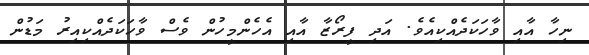
ނިހާ އާއި ވާހަކަދެއްކިއެވެ. އަދި ފީރޯޒާ އާއި އެހެންމީހުން ވެސް ވާހަކަދެއްކިއިރު މަޑުން